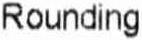
ROUNDING